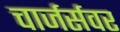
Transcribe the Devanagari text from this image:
चार्जर्सवर